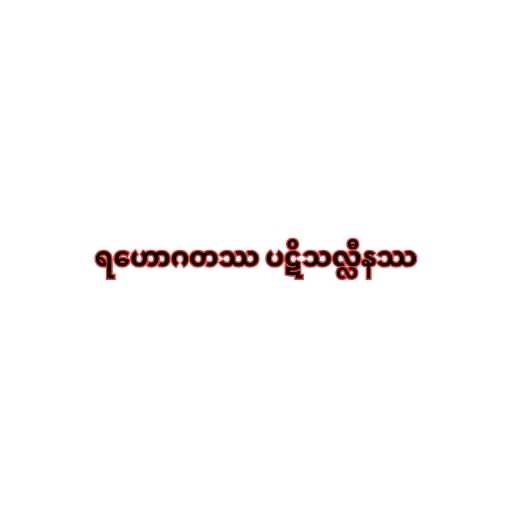
ရဟောဂတဿ ပဋိသလ္လီနဿ